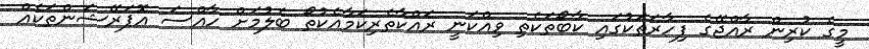
މީގެ ކުރިން ރާއްޖޭގެ ފިހާރަތަކުގައި ކާބޯތަކެތި ވިއްކަނީ ރައްކާތެރިކަމާއެކުތޯ ބެލުމަށް ހާއްސަ އޮޕަރޭޝަންތަކެއް